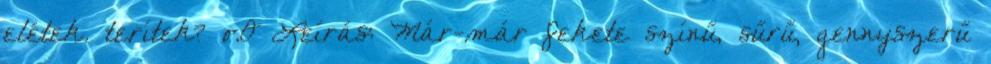
elétek. terítek? o.O Leírás: Már-már fekete színű, sűrű, gennyszerű